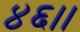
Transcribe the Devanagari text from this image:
४६।।